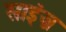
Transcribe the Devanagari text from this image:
साइंज़